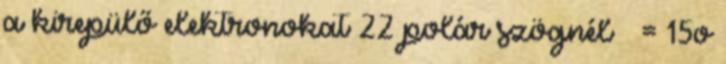
a kirepülő elektronokat 22 polár szögnél θ = 15o